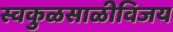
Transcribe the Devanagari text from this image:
स्वकुळसाळीविजय